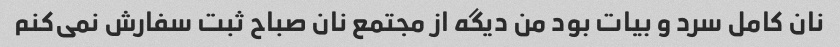
نان کامل سرد و بیات بود من دیگه از مجتمع نان صباح ثبت سفارش نمی‌کنم